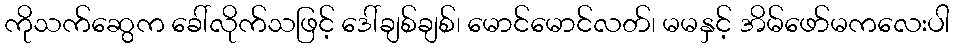
ကိုသက်ဆွေက ခေါ်လိုက်သဖြင့် ဒေါ်ချစ်ချစ်၊ မောင်မောင်လတ်၊ မမနှင့် အိမ်ဖော်မကလေးပါ